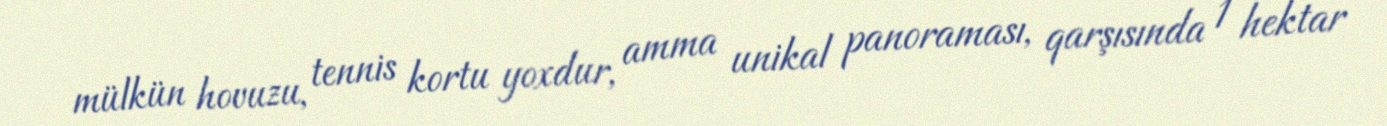
mülkün hovuzu, tennis kortu yoxdur, amma unikal panoraması, qarşısında 1 hektar